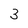
Character: 3